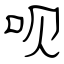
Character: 呗